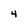
Character: 4